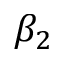
\beta _ { 2 }